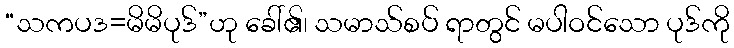
“သကပဒ=မိမိပုဒ်”ဟု ခေါ်၏၊ သမာသ်စပ် ရာတွင် မပါဝင်သော ပုဒ်ကို